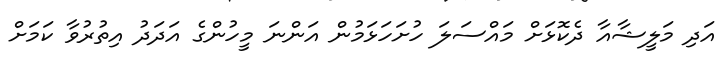
އަދި މަލީޝާއާ ދެކޮޅަށް މައްސަލަ ހުށަހަޅަމުން އަންނަ މީހުންގެ އަދަދު އިތުރުވާ ކަމަށް